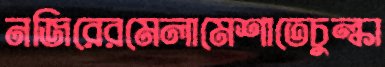
নজিরেরমেলামেশাতেচুল্‌কা